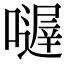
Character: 𡁂